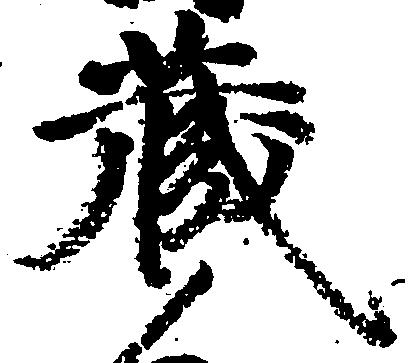
蔵